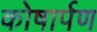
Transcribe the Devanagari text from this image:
कोषार्पण